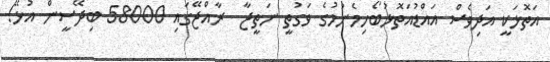
އަތޮޅަކީ އަދިވެސް އައްޑުއަތޮޅުބޯހިމެނުމުގެ ވަގުތީ ނަތީޖާ  ރާއްޖޭގައި 58000 ބިދޭސީން އުޅޭ!